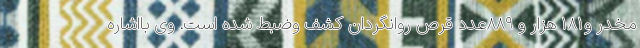
مخدر و۱۸۱ هزار و ۸۸۹عدد قرص روانگردان کشف وضبط شده است. وی بااشاره